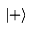
| + \rangle